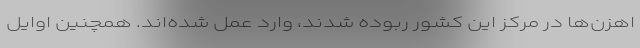
اهزن‌ها در مرکز این کشور ربوده شدند، وارد عمل شده‌اند. همچنین اوایل